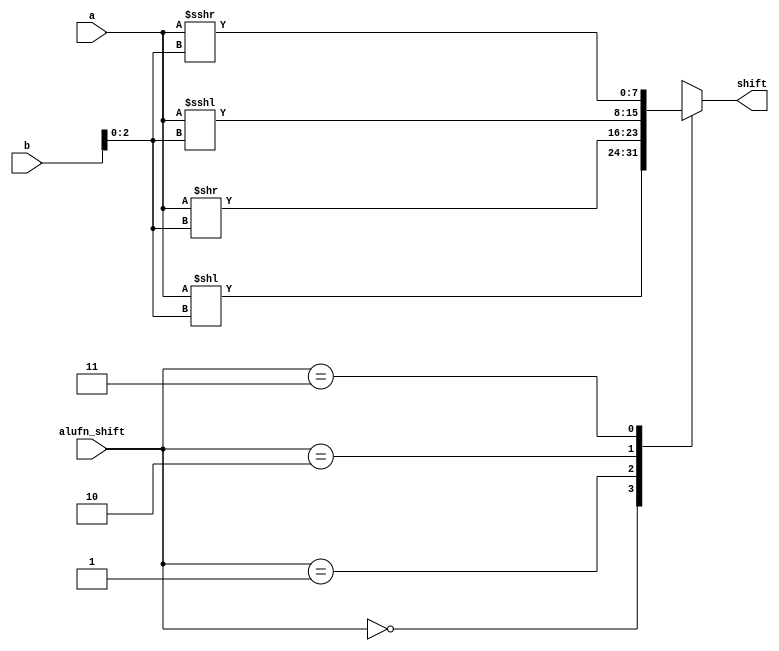
/*
   This file was generated automatically by the Mojo IDE version B1.3.6.
   Do not edit this file directly. Instead edit the original Lucid source.
   This is a temporary file and any changes made to it will be destroyed.
*/

module shifter_21 (
    input [1:0] alufn_shift,
    input [7:0] a,
    input [7:0] b,
    output reg [7:0] shift
  );
  
  
  
  always @* begin
    shift = 8'h00;
    
    case (alufn_shift)
      2'h0: begin
        shift = a << b[0+2-:3];
      end
      2'h1: begin
        shift = a >> b[0+2-:3];
      end
      2'h2: begin
        shift = $signed(a) <<< b[0+2-:3];
      end
      2'h3: begin
        shift = $signed(a) >>> b[0+2-:3];
      end
      default: begin
        shift = 8'h00;
      end
    endcase
  end
endmodule